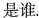
是谁。